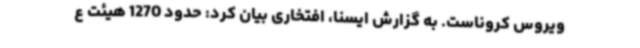
ویروس کروناست. به گزارش ایسنا، افتخاری بیان کرد: حدود 1270 هیئت ع